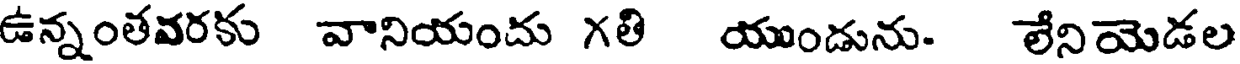
ఉన్నంతవరకు వానియందు గతి యుండును. లేనియెడల